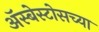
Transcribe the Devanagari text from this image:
ॲस्बेस्टोसच्या